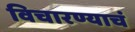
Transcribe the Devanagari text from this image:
विचारण्याचं